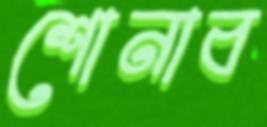
শোনাব